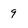
Character: 9